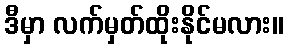
ဒီမှာ လက်မှတ်ထိုးနိုင်မလား။